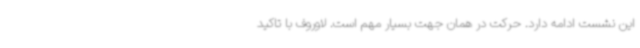
این نشست ادامه دارد. حرکت در همان جهت بسیار مهم است. لاوروف با تاکید